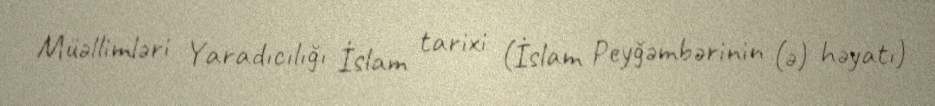
Müəllimləri Yaradıcılığı İslam tarixi (İslam Peyğəmbərinin (ə) həyatı)